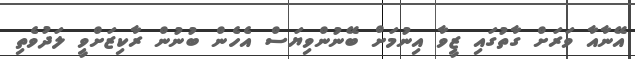
އޭނާއާ ވަރަށް ގާތުގައި ޒީވާ އިނުމަށް ބޭނުންވިޔަސް އެހެން ބުނުން ރާކިޒަށްވީ ލަދުވެތި